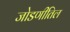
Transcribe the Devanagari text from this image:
जोडणीतिल